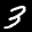
Label: 3